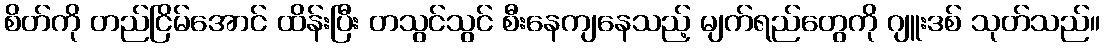
စိတ်ကို တည်ငြိမ်အောင် ထိန်းပြီး တသွင်သွင် စီးနေကျနေသည့် မျက်ရည်တွေကို ဂျူးဒစ် သုတ်သည်။